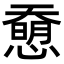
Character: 𢡰